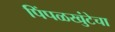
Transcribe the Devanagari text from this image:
पिंपळखुंटेचा